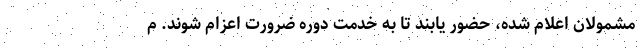
مشمولان اعلام شده، حضور یابند تا به خدمت دوره ضرورت اعزام شوند. م